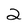
Character: 2